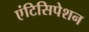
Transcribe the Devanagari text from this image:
एंटिसिपेशन